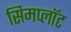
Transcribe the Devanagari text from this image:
सिमप्लॉट